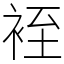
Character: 䘭